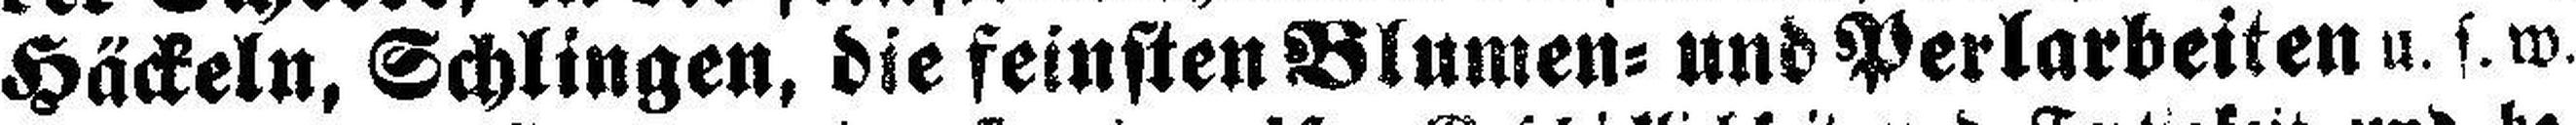
Häckeln, Schlingen, die feinsten Blumen= und Perlarbeiten u. s. w.